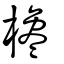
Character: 欃